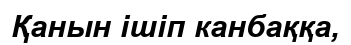
Қанын ішіп канбаққа,